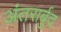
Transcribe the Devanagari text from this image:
अंतरार्बुद